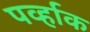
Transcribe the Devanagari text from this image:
पर्व्हाक